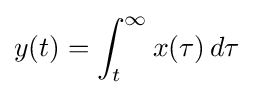
y(t)=\int _{t}^{\infty }x(\tau )\,d\tau